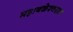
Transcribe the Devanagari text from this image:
महाबळेश्वरात